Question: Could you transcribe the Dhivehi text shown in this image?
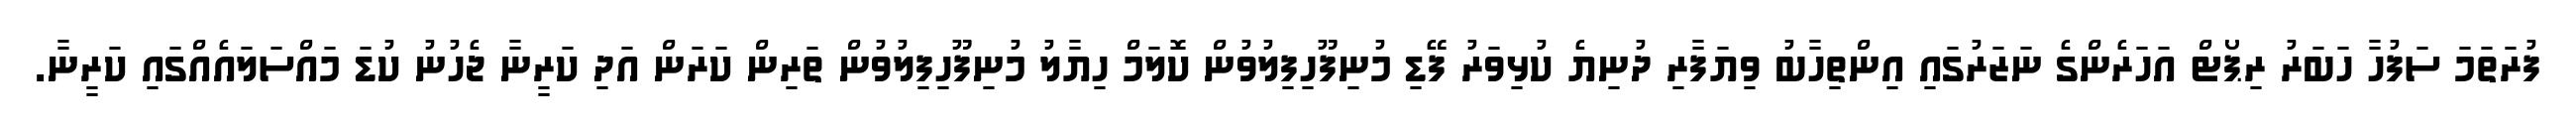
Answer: ފުރަތަމަ ސަފުހާ ހަބަރު ރިޕޯޓް އަހަރެންގެ ނަޒަރުގައި އިންތިހާބު ވިޔަފާރި ދުނިޔެ ކުޅިވަރު ފޭޑި މުނިފޫހިފިލުވުން ކޮލަމް ހިޔާލު މުނިފޫހިފިލުވުން ތަރިން ކަރަން އަދި ކަރީނާ ޖެހުނު ކުޑަ މައްސަލައެއްގައި ކަރީނާ.